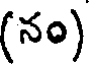
(నం)